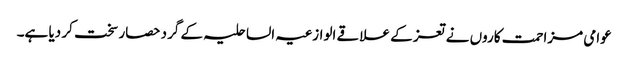
عوامی مزاحمت کاروں نے تعز کے علاقے الوازعیہ الساحلیہ کے گرد حصار سخت کر دیا ہے۔